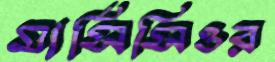
মার্সিসিওর